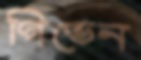
গিভেন